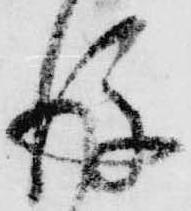
後